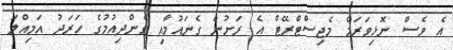
އެ ވެސް ނޮޅިވަރަމް މެޖިސްޓްރޭޓް އެ ރަށުން ގެނައުމާއި ގެންދިއުމުގެ ހަރަދު އަމިއްލަ